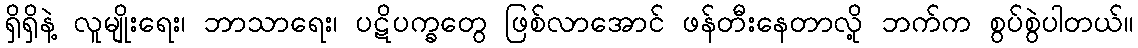
ရှိရှိနဲ့ လူမျိုးရေး၊ ဘာသာရေး၊ ပဋိပက္ခတွေ ဖြစ်လာအောင် ဖန်တီးနေတာလို့ ဘက်က စွပ်စွဲပါတယ်။